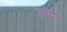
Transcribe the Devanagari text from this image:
सॅपर